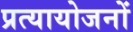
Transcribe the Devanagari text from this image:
प्रत्यायोजनों